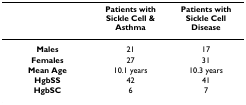
|  | Patients with Sickle Cell & Asthma | Patients with Sickle Cell Disease |
 | --- | --- | --- |
 | Males | 21 | 17 |
 | Females | 27 | 31 |
 | Mean Age | 10.1 years | 10.3 years |
 | HgbSS | 42 | 41 |
 | HgbSC | 6 | 7 |